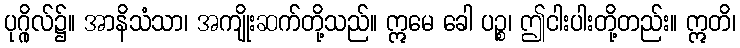
ပုဂ္ဂိုလ်၌။ အာနိသံသာ၊ အကျိုးဆက်တို့သည်။ ဣမေ ခေါ ပဉ္စ၊ ဤငါးပါးတို့တည်း။ ဣတိ၊